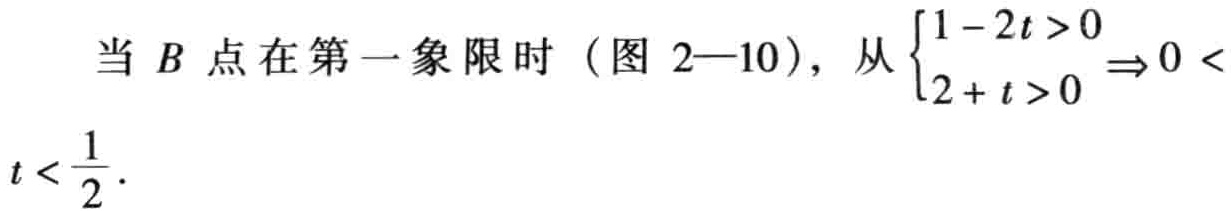
当 \(B\) 点在第一象限时（图 2—10），从 \(\begin{cases}1 - 2t > 0 \\ 2 + t > 0\end{cases} \Rightarrow 0 < t < \dfrac{1}{2}\)．